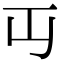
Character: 𬺶